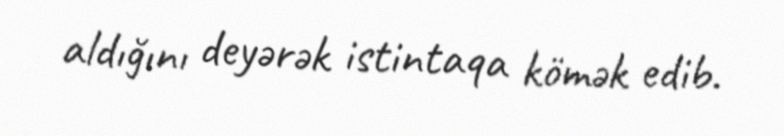
aldığını deyərək istintaqa kömək edib.